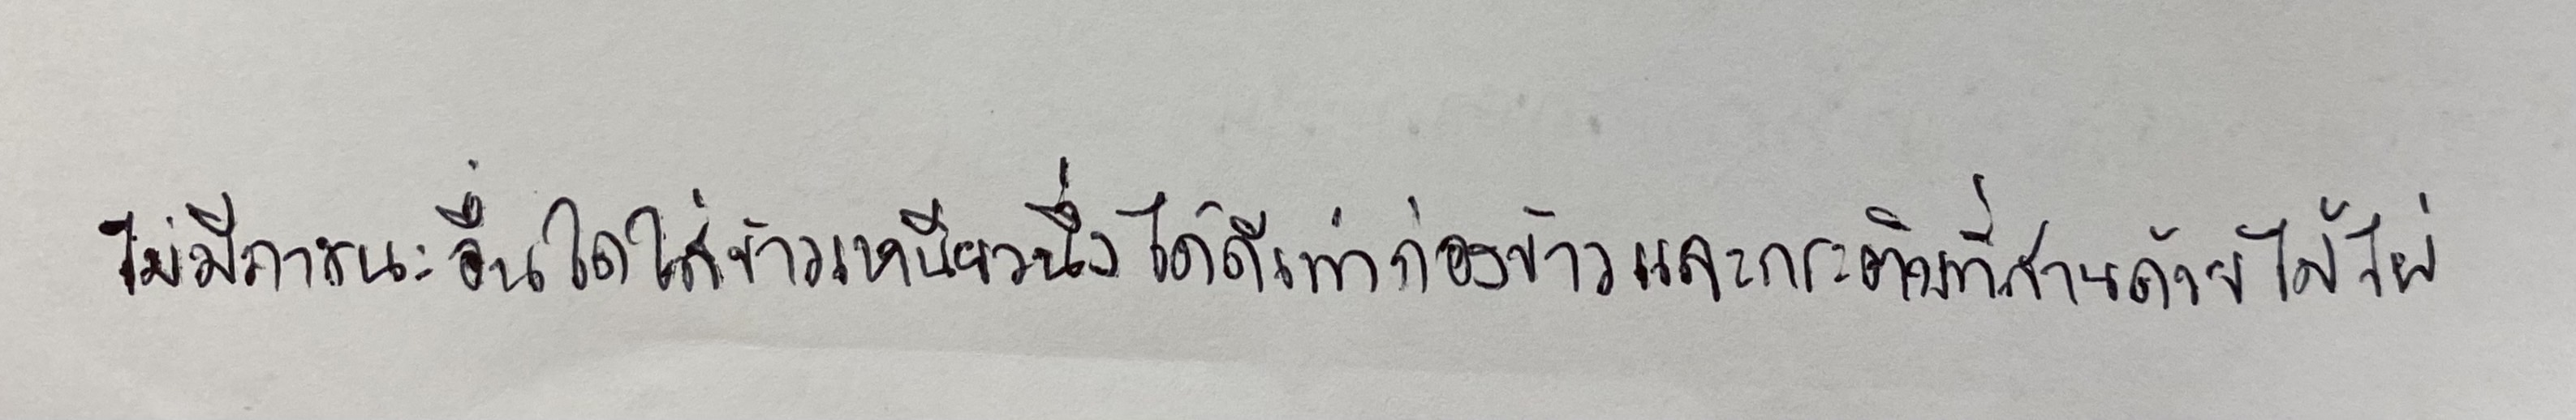
ไม่มีภาชนะอื่นใดใส่ข้าวเหนียวนึ่งได้ดีเท่าก่องข้าวและกระติบที่สานด้วยไม้ไผ่